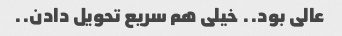
عالی بود.. خیلی هم سریع تحویل دادن..